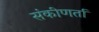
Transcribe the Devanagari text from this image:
संकीणर्ता